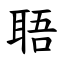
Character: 䎸